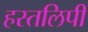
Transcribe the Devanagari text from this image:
हस्तलिपी